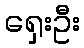
ရှေးဦး